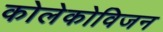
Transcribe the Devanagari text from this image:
कोलेकोविजन